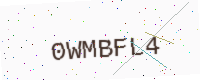
Text: 0WMBFL4